Language: tamil
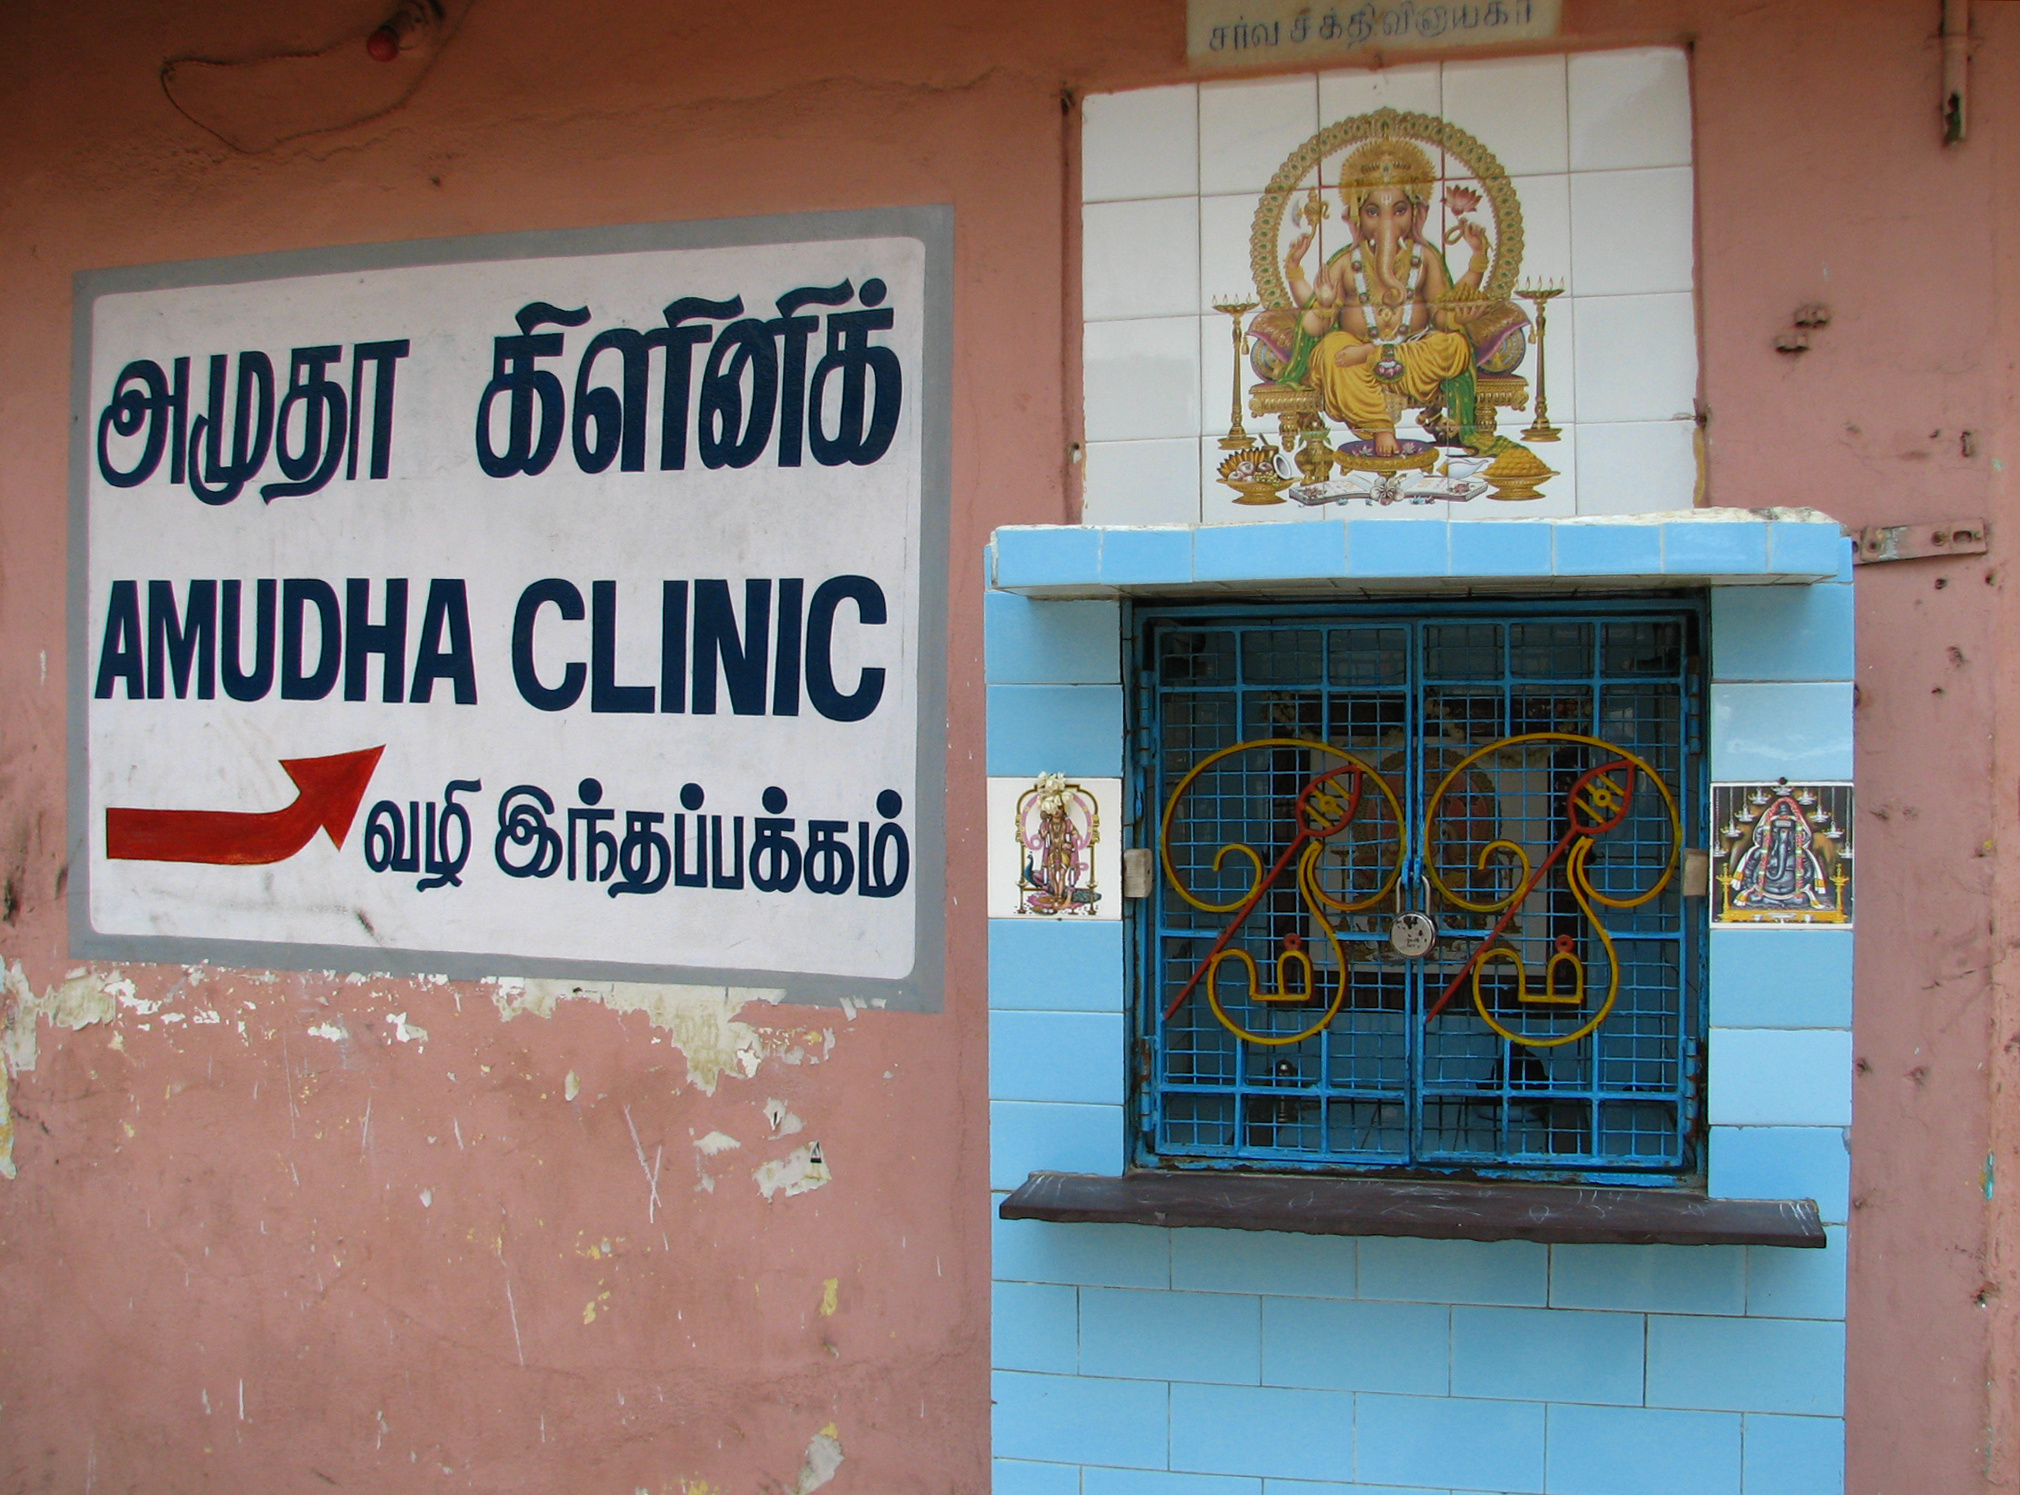
Transcription: கிளினிக் வழி அமுதா இந்தப்பக்கம்